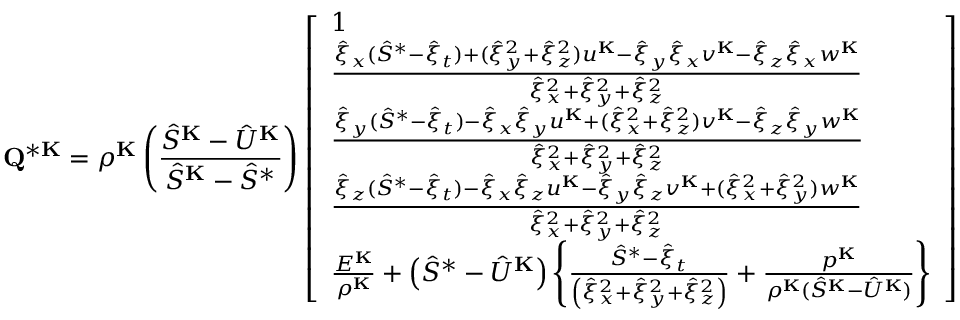
\mathbf { Q } ^ { * \mathbf { K } } = \rho ^ { \mathbf { K } } \left( \frac { \hat { S } ^ { \mathbf { K } } - \hat { U } ^ { \mathbf { K } } } { \hat { S } ^ { \mathbf { K } } - \hat { S } ^ { * } } \right) \left[ \begin{array} { l } { 1 } \\ { \frac { \hat { \xi } _ { x } ( \hat { S } ^ { * } - \hat { \xi } _ { t } ) + ( \hat { \xi } _ { y } ^ { 2 } + \hat { \xi } _ { z } ^ { 2 } ) u ^ { \mathbf { K } } - \hat { \xi } _ { y } \hat { \xi } _ { x } v ^ { \mathbf { K } } - \hat { \xi } _ { z } \hat { \xi } _ { x } w ^ { \mathbf { K } } } { \hat { \xi } _ { x } ^ { 2 } + \hat { \xi } _ { y } ^ { 2 } + \hat { \xi } _ { z } ^ { 2 } } } \\ { \frac { \hat { \xi } _ { y } ( \hat { S } ^ { * } - \hat { \xi } _ { t } ) - \hat { \xi } _ { x } \hat { \xi } _ { y } u ^ { \mathbf { K } } + ( \hat { \xi } _ { x } ^ { 2 } + \hat { \xi } _ { z } ^ { 2 } ) v ^ { \mathbf { K } } - \hat { \xi } _ { z } \hat { \xi } _ { y } w ^ { \mathbf { K } } } { \hat { \xi } _ { x } ^ { 2 } + \hat { \xi } _ { y } ^ { 2 } + \hat { \xi } _ { z } ^ { 2 } } } \\ { \frac { \hat { \xi } _ { z } ( \hat { S } ^ { * } - \hat { \xi } _ { t } ) - \hat { \xi } _ { x } \hat { \xi } _ { z } u ^ { \mathbf { K } } - \hat { \xi } _ { y } \hat { \xi } _ { z } v ^ { \mathbf { K } } + ( \hat { \xi } _ { x } ^ { 2 } + \hat { \xi } _ { y } ^ { 2 } ) w ^ { \mathbf { K } } } { \hat { \xi } _ { x } ^ { 2 } + \hat { \xi } _ { y } ^ { 2 } + \hat { \xi } _ { z } ^ { 2 } } } \\ { \frac { E ^ { \mathbf { K } } } { \rho ^ { \mathbf { K } } } + \left( \hat { S } ^ { * } - \hat { U } ^ { \mathbf { K } } \right) \left\{ \frac { \hat { S } ^ { * } - \hat { \xi } _ { t } } { \left( \hat { \xi } _ { x } ^ { 2 } + \hat { \xi } _ { y } ^ { 2 } + \hat { \xi } _ { z } ^ { 2 } \right) } + \frac { p ^ { \mathbf { K } } } { \rho ^ { \mathbf { K } } ( \hat { S } ^ { \mathbf { K } } - \hat { U } ^ { \mathbf { K } } ) } \right\} } \end{array} \right]